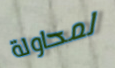
لمحاولة